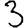
Digit: 3